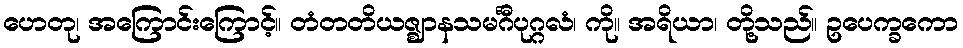
ဟေတု၊ အကြောင်းကြောင့်။ တံတတိယဇ္ဈာနသမင်္ဂီပုဂ္ဂလံ၊ ကို။ အရိယာ၊ တို့သည်။ ဥပေက္ခကော